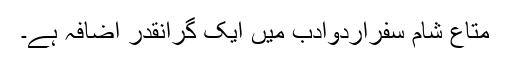
متاعِ شام سفراُردوادب میں ایک گرانقدر اضافہ ہے۔